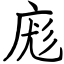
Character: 庬